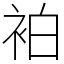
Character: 袙